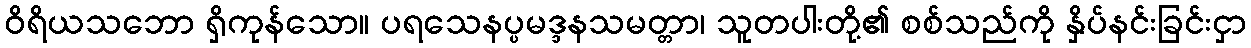
ဝိရိယသဘော ရှိကုန်သော။ ပရသေနပ္ပမဒ္ဒနသမတ္တာ၊ သူတပါးတို့၏ စစ်သည်ကို နှိပ်နင်းခြင်းငှာ